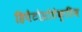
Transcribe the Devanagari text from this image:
हिपैटोप्रोटेक्टिव